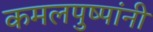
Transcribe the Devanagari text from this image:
कमलपुष्पांनी